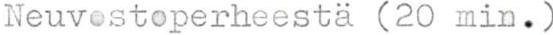
Neuvestoperheestä (20 min.)